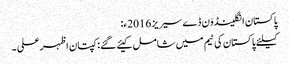
پاکستان انگلینڈوَن ڈے سیریز 2016ء:
کیلئے پاکستان کی ٹیم میں شامل کیئے گئے : کپتان اظہر علی ۔